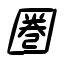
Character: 圏